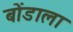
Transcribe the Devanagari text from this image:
बोंडाला